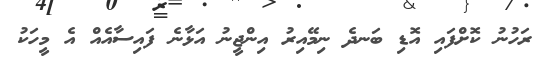
ރަހުނު ކޮށްފައި އޮޑި ބަނދެ ނިމޭއިރު އިންޖީނު އަޅާނެ ފައިސާއެއް އެ މީހަކު